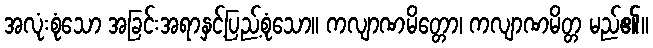
အလုံးစုံသော အခြင်းအရာနှင့်ပြည့်စုံသော။ ကလျာဏမိတ္တော၊ ကလျာဏမိတ္တ မည်၏။